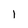
Character: I